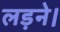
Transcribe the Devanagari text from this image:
लड़ने।